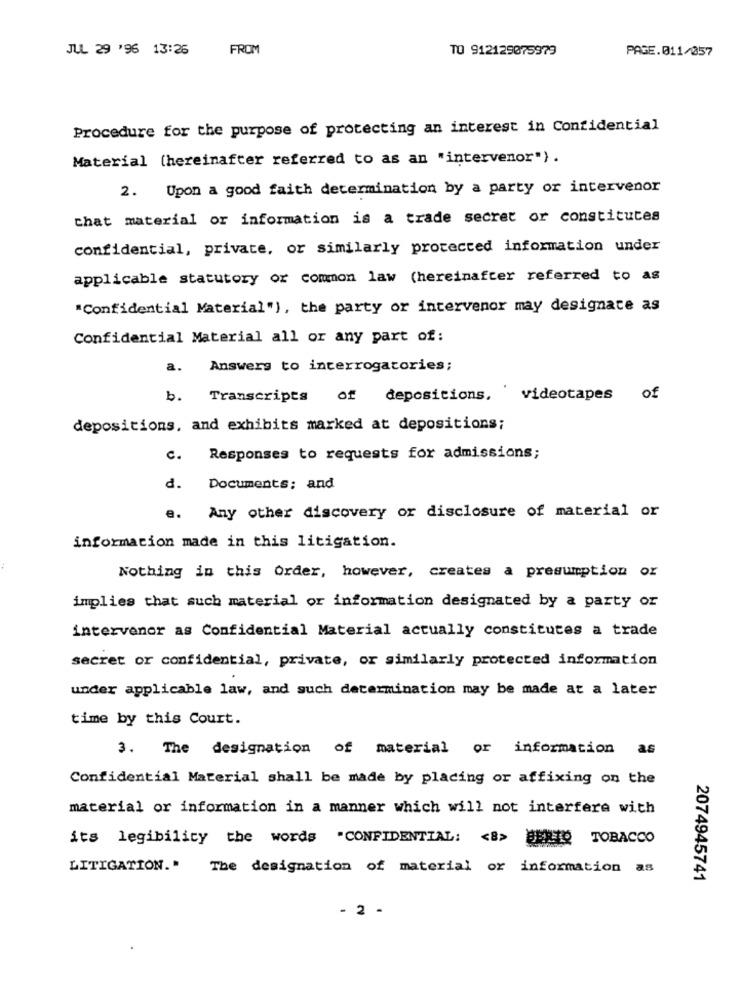
JUL 29 '96 13:25
FROM
TO 912129075979
PAGE.011/057
Procedure for the purpose of protecting an interest in Confidential
Material (hereinafter referred to as an "intervenor").
Upon a good faith determination by a party or intervenor
2.
chat material or information is a trade secret or constitutes
confidential, private, or similarly protected information under
applicable statutory or common law (hereinafter referred to as
"Confidential Material"), the party or intervenor may designate as
Confidential Material all or any part of:
a. Answers to interrogatories;
b. Transcripts
of depositions, videotapes of
depositions, and exhibits marked at depositions;
C. Responses to requests for admissions;
d.
Documents; and
e. Any other discovery or disclosure of material or
information made in this litigation.
Nothing in this Order, however, creates a presumption or
implies that such material or information designated by a party or
intervenor as Confidential Material actually constitutes a trade
secret or confidential, private, or similarly protected information
under applicable law, and such determination may be made at a later
time by this Court.
3. The designation of material or information as
Confidential Material shall be made by placing or affixing on the
material or information in a manner which will not interfere with
its legibility the words "CONFIDENTIAL: < 8> BENTO TOBACCO
LITIGATION." The designation of material or information as
2074945741
- 2 -